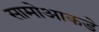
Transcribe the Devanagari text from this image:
सामोआकडे